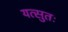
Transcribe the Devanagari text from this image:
यत्सुतः